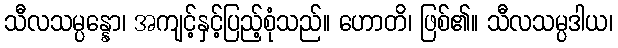
သီလသမ္ပန္နော၊ အကျင့်နှင့်ပြည့်စုံသည်။ ဟောတိ၊ ဖြစ်၏။ သီလသမ္ပဒါယ၊